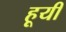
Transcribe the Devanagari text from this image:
हूयी